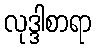
လုဒ္ဒါစာရာ